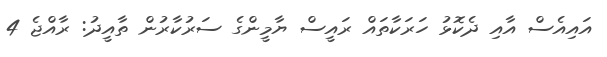
އައިއެސް އާއި ދެކޮޅު ހަރަކާތައް ރައީސް ޔާމީންގެ ސަރުކާރުން ތާއީދު: ރާއްޖެ 4